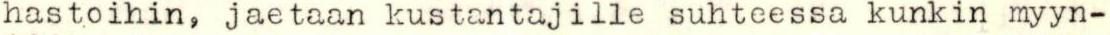
hastoihin, jaetaan kustantajille suhteessa kunkin myyn-